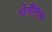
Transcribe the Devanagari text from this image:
भोगौलिक